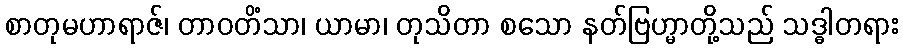
စာတုမဟာရာဇ်၊ တာဝတိံသာ၊ ယာမာ၊ တုသိတာ စသော နတ်ဗြဟ္မာတို့သည် သဒ္ဓါတရား